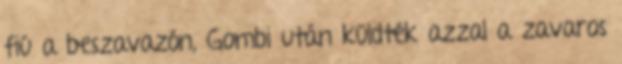
fiú a beszavazón, Gombi után küldték azzal a zavaros